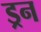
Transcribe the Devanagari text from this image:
ड्रन